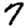
Digit: 7